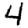
Digit: 4